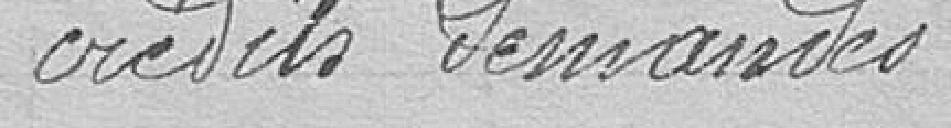
crédits demandés .